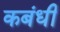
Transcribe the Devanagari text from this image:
कबंधी